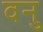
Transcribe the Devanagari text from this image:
वनु